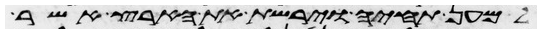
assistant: למען תחיה וירשת את הארץ אשר